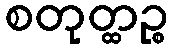
စတုတ္ထဉ္စ